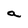
Character: a